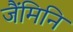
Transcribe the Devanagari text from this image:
जैंमिनि